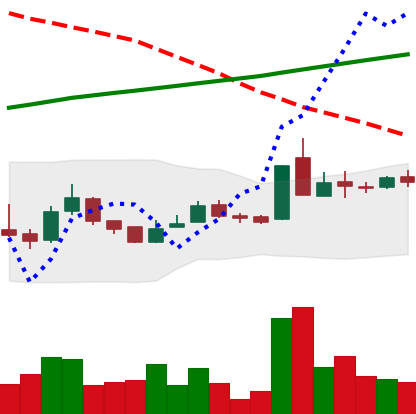
Ticker: LTC-USD
Chart end date: 2015-10-04
Forward return: 3.105%
Label: up_3_5